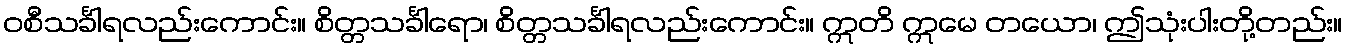
ဝစီသင်္ခါရလည်းကောင်း။ စိတ္တသင်္ခါရော၊ စိတ္တသင်္ခါရလည်းကောင်း။ ဣတိ ဣမေ တယော၊ ဤသုံးပါးတို့တည်း။